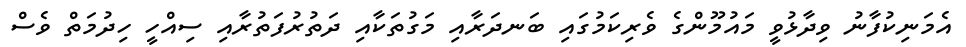
އެމަނިކުފާނު ވިދާޅުވީ މައުމޫންގެ ވެރިކަމުގައި ބަނދަރާއި މަގުތަކާއި ދަތުރުފަތުރާއި ސިއްހީ ހިދުމަތް ވެސް